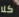
كلا